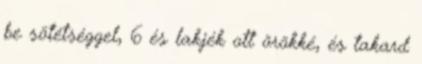
be sötétséggel, 6 és lakjék ott örökké, és takard